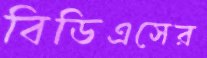
বিডিএসের